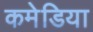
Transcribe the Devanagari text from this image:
कमेडिया